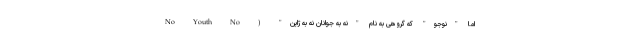
اما "نوجو" که گروهی به نام "نه به جوانان نه به ژاپن" ( No Youth No